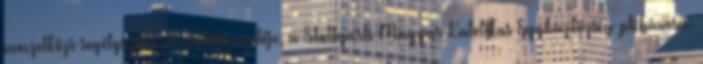
nemzetközi segélyszervezet osztályvezetője, a Stuttgarti Magyar Katolikus Egyházközség plébánosa.